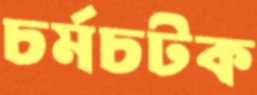
চর্মচটক